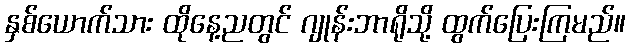
နှစ်ယောက်သား ထိုနေ့ညတွင် ဂျုန်းဘာရိုသို့ ထွက်ပြေးကြမည်။